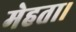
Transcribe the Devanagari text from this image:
मेहता।